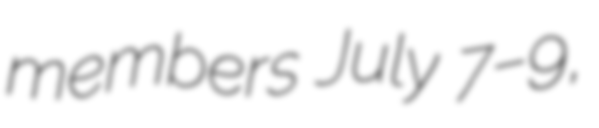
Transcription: members July 7–9,